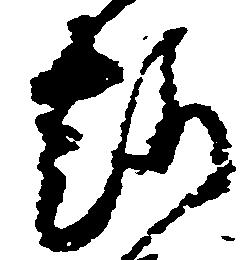
趣